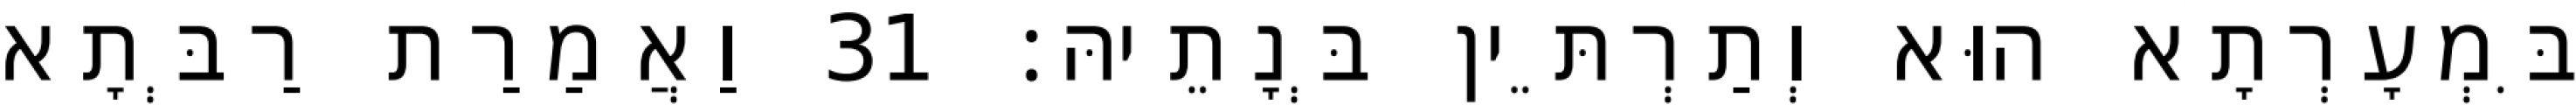
בִּמְעָרְתָא הוּא וְתַרְתֵּין בְּנָתֵיהּ׃ 31 וַאֲמַרַת רַבְּתָא